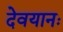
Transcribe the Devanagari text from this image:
देवयानः